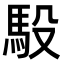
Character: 𫘈